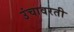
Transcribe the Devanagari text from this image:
उंचावरती